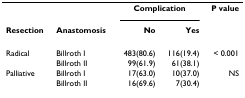
<table><thead><tr><td></td><td></td><td colspan="2"><b>Complication</b></td><td><b>P value</b></td></tr><tr><td><b>Resection</b></td><td><b>Anastomosis</b></td><td><b>No</b></td><td><b>Yes</b></td><td></td></tr></thead><tbody><tr><td>Radical</td><td>Billroth I</td><td>483(80.6)</td><td>116(19.4)</td><td>&lt; 0.001</td></tr><tr><td></td><td>Billroth II</td><td>99(61.9)</td><td>61(38.1)</td><td></td></tr><tr><td>Palliative</td><td>Billroth I</td><td>17(63.0)</td><td>10(37.0)</td><td>NS</td></tr><tr><td></td><td>Billroth II</td><td>16(69.6)</td><td>7(30.4)</td><td></td></tr></tbody></table>